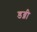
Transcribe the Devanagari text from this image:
डब्नी